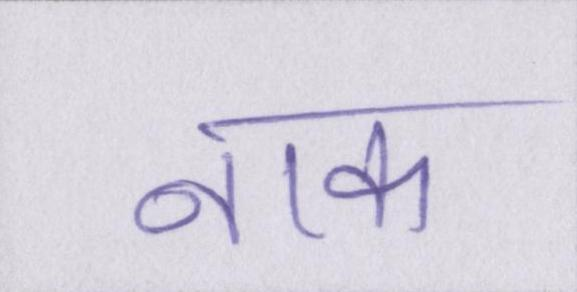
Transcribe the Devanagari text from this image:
नाक